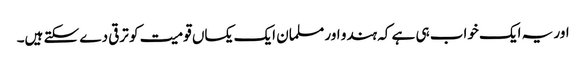
اور یہ ایک خواب ہی ہے کہ ہندو اور مسلمان ایک یکساں قومیت کو ترقی دے سکتے ہیں۔